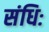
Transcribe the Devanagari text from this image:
संधिः